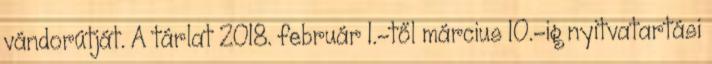
vándorútját. A tárlat 2018. február 1.-től március 10.-ig nyitvatartási